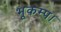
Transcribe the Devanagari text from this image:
भूकम्प।